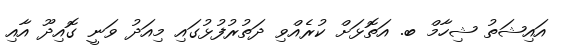
އައިޝަތު ޝިހާމް ބ. އަތޮޅަށް ކުރެއްވި ދަތުރުފުޅުގައި މިއަދު ވަނީ ގޮއިދޫ އާއި